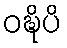
ဝဍ္ဎိပိ